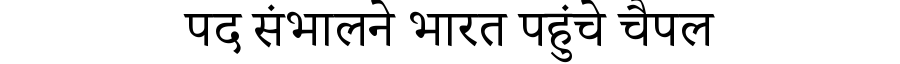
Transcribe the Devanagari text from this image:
पद संभालने भारत पहुंचे चैपल